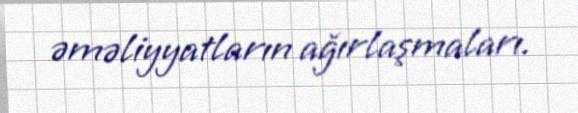
əməliyyatların ağırlaşmaları.